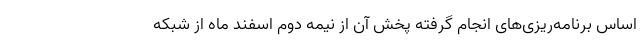
اساس برنامه‌ریزی‌های انجام گرفته پخش آن از نیمه دوم اسفند ماه از شبکه